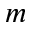
m